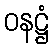
ဝနဋ္ဌံ